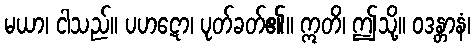
မယာ၊ ငါသည်။ ပဟဋော၊ ပုတ်ခတ်၏။ ဣတိ၊ ဤသို့။ ဝဒန္တာနံ၊